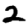
Digit: 2